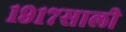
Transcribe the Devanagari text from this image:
१९१७साली